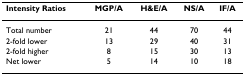
| Intensity Ratios | MGP/A | H&E/A | NS/A | IF/A |
 | --- | --- | --- | --- | --- |
 | Total number | 21 | 44 | 70 | 44 |
 | 2-fold lower | 13 | 29 | 40 | 31 |
 | 2-fold higher | 8 | 15 | 30 | 13 |
 | Net lower | 5 | 14 | 10 | 18 |